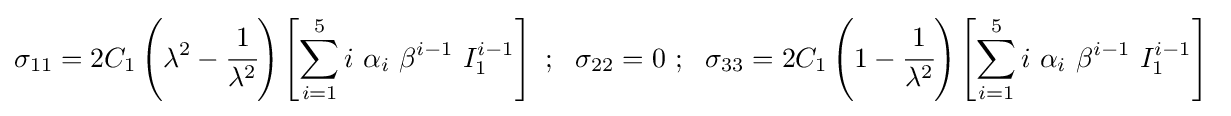
\sigma _{11}=2C_{1}\left(\lambda ^{2}-{\cfrac {1}{\lambda ^{2}}}\right)\left[\sum _{i=1}^{5}i~\alpha _{i}~\beta ^{i-1}~I_{1}^{i-1}\right]~;~~\sigma _{22}=0~;~~\sigma _{33}=2C_{1}\left(1-{\cfrac {1}{\lambda ^{2}}}\right)\left[\sum _{i=1}^{5}i~\alpha _{i}~\beta ^{i-1}~I_{1}^{i-1}\right]~